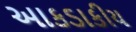
આકડાકીય